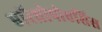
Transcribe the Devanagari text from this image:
एरिथ्रोपोएसिस